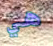
هي